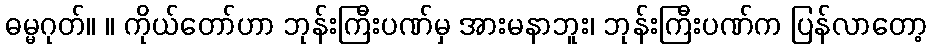
ဓမ္မဂုတ်။ ။ ကိုယ်တော်ဟာ ဘုန်းကြီးပဏ်မှ အားမနာဘူး၊ ဘုန်းကြီးပဏ်က ပြန်လာတော့